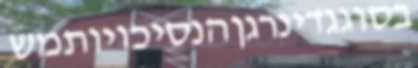
בסוגגדינרגןהנסיכויותמש